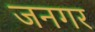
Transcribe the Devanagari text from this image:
जनगर